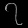
Digit: ၇